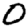
Digit: 0